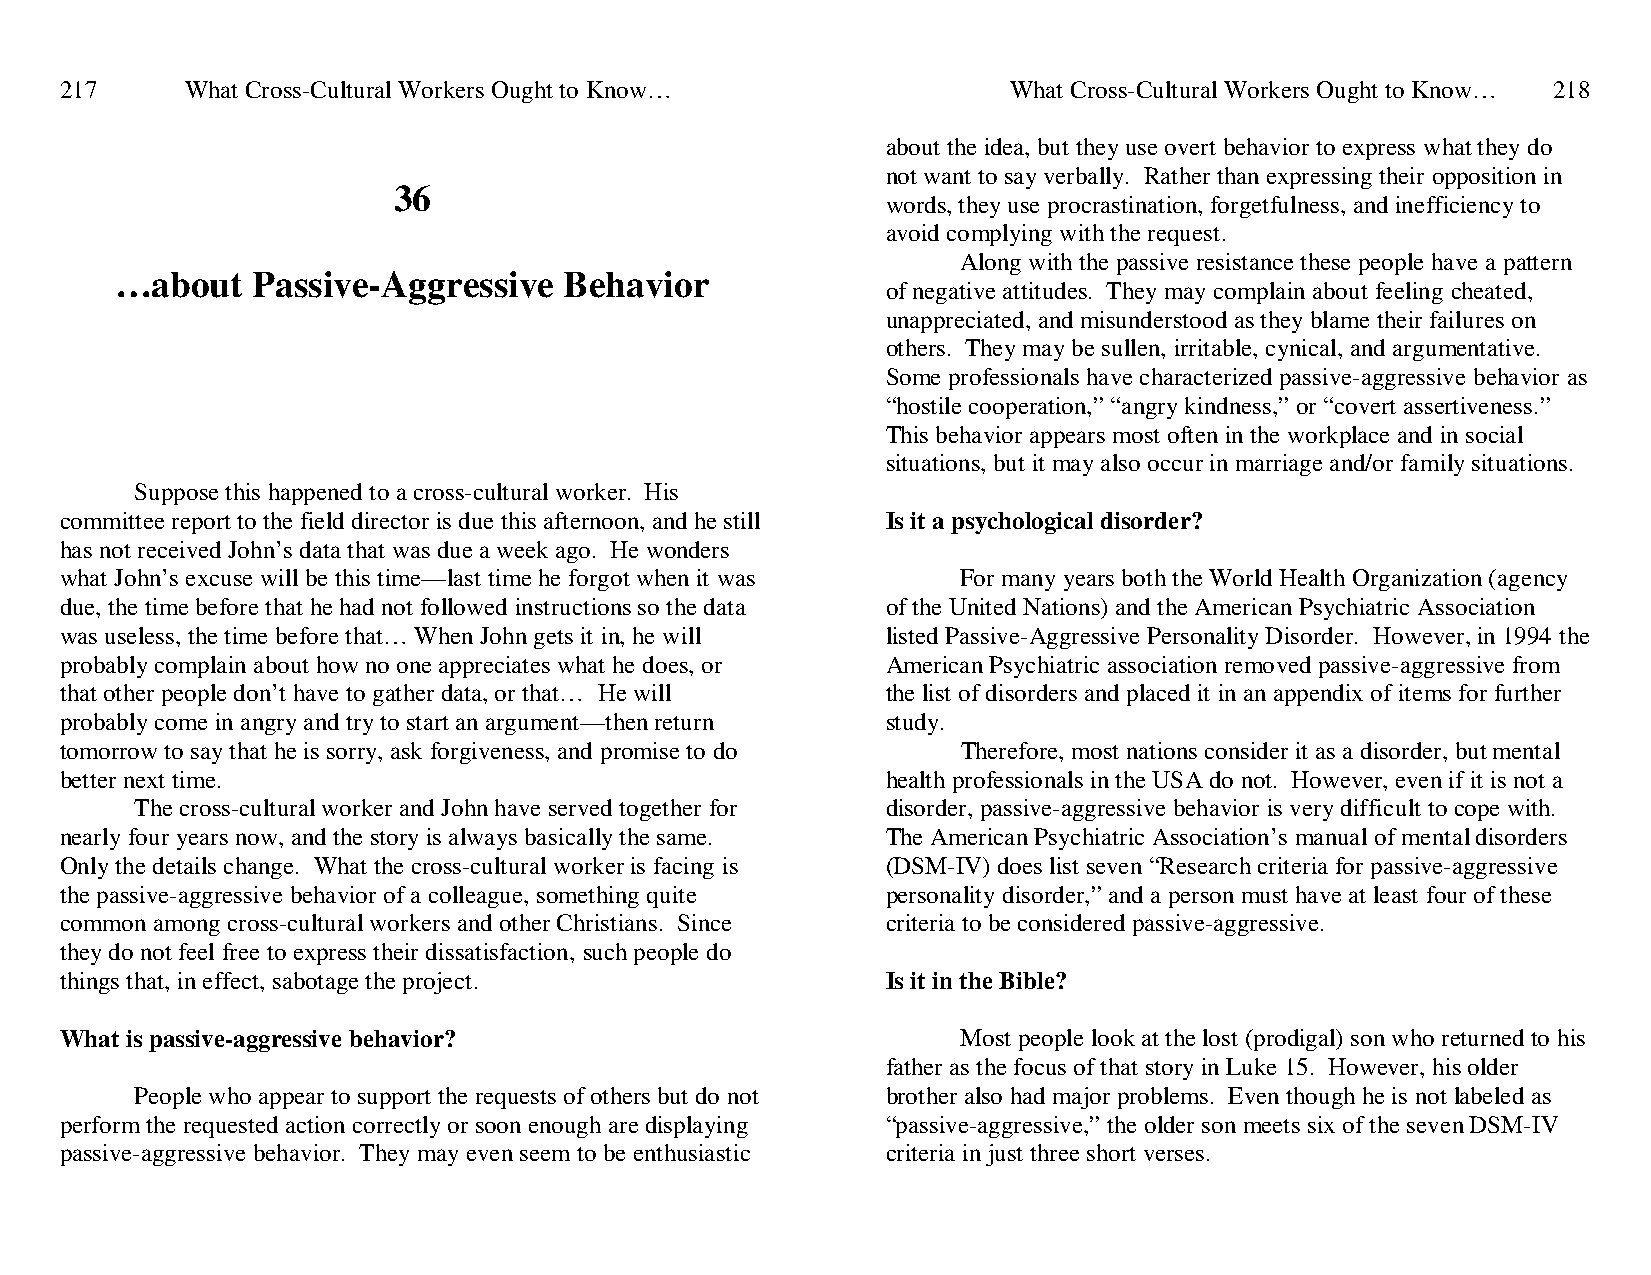
217     What Cross-Cultural Workers Ought to Know…             What Cross-Cultural Workers Ought to Know… 218
 about the idea, but they use overt behavior to express what they do
 not want to say verbally. Rather than expressing their opposition in
 36
 words, they use procrastination, forgetfulness, and inefficiency to
 avoid complying with the request.
 Along with the passive resistance these people have a pattern
 …about   Passive-Aggressive  Behavior
 of negative attitudes. They may complain about feeling cheated,
 unappreciated, and misunderstood as they blame their failures on
 others. They may be sullen, irritable, cynical, and argumentative.
 Some professionals have characterized passive-aggressive behavior as
 “hostile cooperation,” “angry kindness,” or “covert assertiveness.”
 This behavior appears most often in the workplace and in social
 situations, but it may also occur in marriage and/or family situations.
 Suppose this happened to a cross-cultural worker. His
 committee report to the field director is due this afternoon, and he still Is it a psychological disorder?
 has not received John’s data that was due a week ago. He wonders
 what John’s excuse will be this time—last time he forgot when it was For many years both the World Health Organization (agency
 due, the time before that he had not followed instructions so the data of the United Nations) and the American Psychiatric Association
 was useless, the time before that… When John gets it in, he will listed Passive-Aggressive Personality Disorder. However, in 1994 the
 probably complain about how no one appreciates what he does, or American Psychiatric association removed passive-aggressive from
 that other people don’t have to gather data, or that… He will the list of disorders and placed it in an appendix of items for further
 probably come in angry and try to start an argument—then return study.
 tomorrow to say that he is sorry, ask forgiveness, and promise to do Therefore, most nations consider it as a disorder, but mental
 better next time.                                      health professionals in the USA do not. However, even if it is not a
 The cross-cultural worker and John have served together for disorder, passive-aggressive behavior is very difficult to cope with.
 nearly four years now, and the story is always basically the same. The American Psychiatric Association’s manual of mental disorders
 Only the details change. What the cross-cultural worker is facing is (DSM-IV) does list seven “Research criteria for passive-aggressive
 the passive-aggressive behavior of a colleague, something quite personality disorder,” and a person must have at least four of these
 common among cross-cultural workers and other Christians. Since criteria to be considered passive-aggressive.
 they do not feel free to express their dissatisfaction, such people do
 things that, in effect, sabotage the project.          Is it in the Bible?
 What is passive-aggressive behavior?                        Most people look at the lost (prodigal) son who returned to his
 father as the focus of that story in Luke 15. However, his older
 People who appear to support the requests of others but do not brother also had major problems. Even though he is not labeled as
 perform the requested action correctly or soon enough are displaying “passive-aggressive,” the older son meets six of the seven DSM-IV
 passive-aggressive behavior. They may even seem to be enthusiastic criteria in just three short verses.